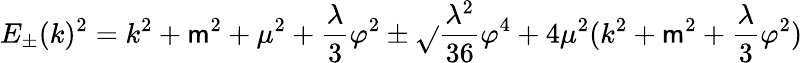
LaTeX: E_{\pm}(k)^{2}=k^{2}+\mathsf{m}^{2}+\mu^{2}+\frac{{\lambda}}{{3}}\varphi^{2}\pm\sqrt{}{{\frac{{\lambda^{2}}}{{36}}\varphi^{4}+4\mu^{2}(k^{2}+\mathsf{m}^{2}+\frac{{\lambda}}{{3}}\varphi^{2})}}